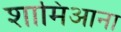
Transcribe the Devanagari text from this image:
शामिआना